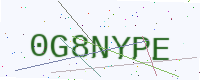
Text: 0G8NYPE